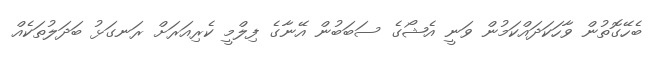
ބެހޭގޮތުން ވާހަކަދައްކަމުން ވަނީ އެޝޯގެ ސަބަބުން އޭނާގެ ފިލްމީ ކެރިއަރަށް ރަނގަޅު ބަދަލުތަކެއް